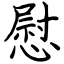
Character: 慰